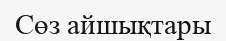
Сөз айшықтары